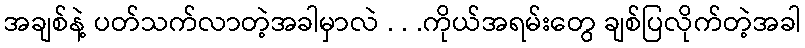
အချစ်နဲ့ ပတ်သက်လာတဲ့အခါမှာလဲ . . .ကိုယ်အရမ်းတွေ ချစ်ပြလိုက်တဲ့အခါ